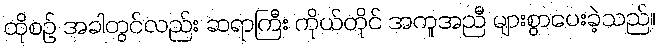
ထိုစဉ် အခါတွင်လည်း ဆရာကြီး ကိုယ်တိုင် အကူအညီ များစွာပေးခဲ့သည်။